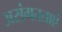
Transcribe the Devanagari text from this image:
असंगतताएं